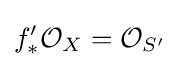
f'_{*}{\mathcal {O}}_{X}={\mathcal {O}}_{S'}